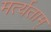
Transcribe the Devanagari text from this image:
मर्त्यताम्